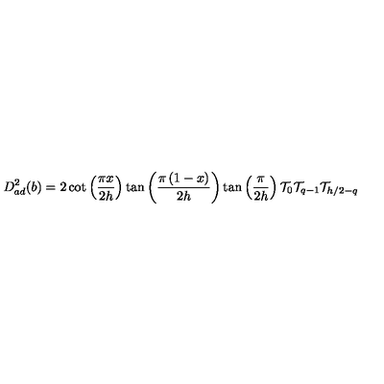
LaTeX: D _ { a d } ^ { 2 } ( b ) = 2 \cot \left( \frac { \pi x } { 2 h } \right) \tan \left( \frac { \pi \left( 1 - x \right) } { 2 h } \right) \tan \left( \frac { \pi } { 2 h } \right) \mathcal { T } _ { 0 } \mathcal { T } _ { q - 1 } \mathcal { T } _ { h / 2 - q }